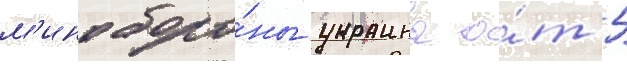
м'иноборо́ны украины о́т 5